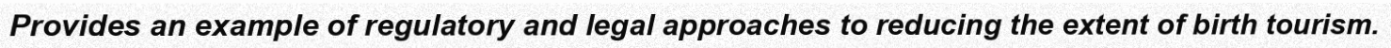
Provides an example of regulatory and legal approaches to reducing the extent of birth tourism.